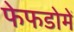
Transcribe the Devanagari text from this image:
फेफडोमें